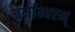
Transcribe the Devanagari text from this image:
चर्माम्बरम्